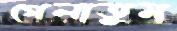
গেলাতুম